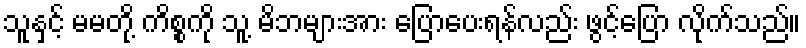
သူနှင့် မမတို့ ကိစ္စကို သူ့ မိဘများအား ပြောပေးရန်လည်း ဖွင့်ပြော လိုက်သည်။